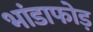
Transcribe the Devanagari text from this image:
भांडाफोड़